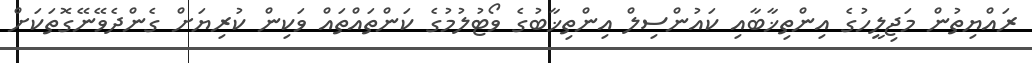
ރައްޔިތުން މަޖިލީހުގެ އިންތިޚާބާއި ކައުންސިލް އިންތިޚާބުގެ ވޯޓުލުމުގެ ކަންތައްތައް ވަކިން ކުރިޔަށް ގެންދެވޭނޭގޮތަކަށް